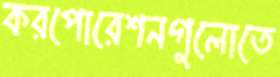
করপোরেশনগুলোতে